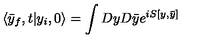
\langle \bar { y } _ { f } , t | y _ { i } , 0 \rangle = \int D y D \bar { y } e ^ { i S [ y , \bar { y } ] }